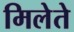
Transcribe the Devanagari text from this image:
मिलेते